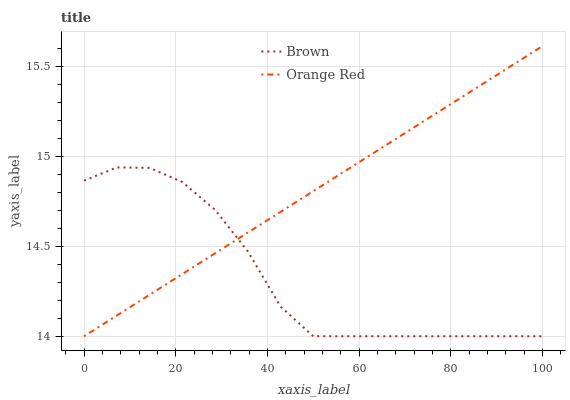
| xaxis_label | Brown | Orange Red |
 | --- | --- | --- |
 | 0 | 14.9 | 14 |
 | 7.14 | 14.9 | 14.1 |
 | 14.3 | 14.9 | 14.2 |
 | 21.4 | 14.9 | 14.3 |
 | 28.6 | 14.7 | 14.5 |
 | 35.7 | 14.5 | 14.6 |
 | 42.9 | 14.2 | 14.7 |
 | 50 | 14 | 14.8 |
 | 57.1 | 14 | 14.9 |
 | 64.3 | 14 | 15 |
 | 71.4 | 14 | 15.2 |
 | 78.6 | 14 | 15.3 |
 | 85.7 | 14 | 15.4 |
 | 92.9 | 14 | 15.5 |
 | 100 | 14 | 15.6 |